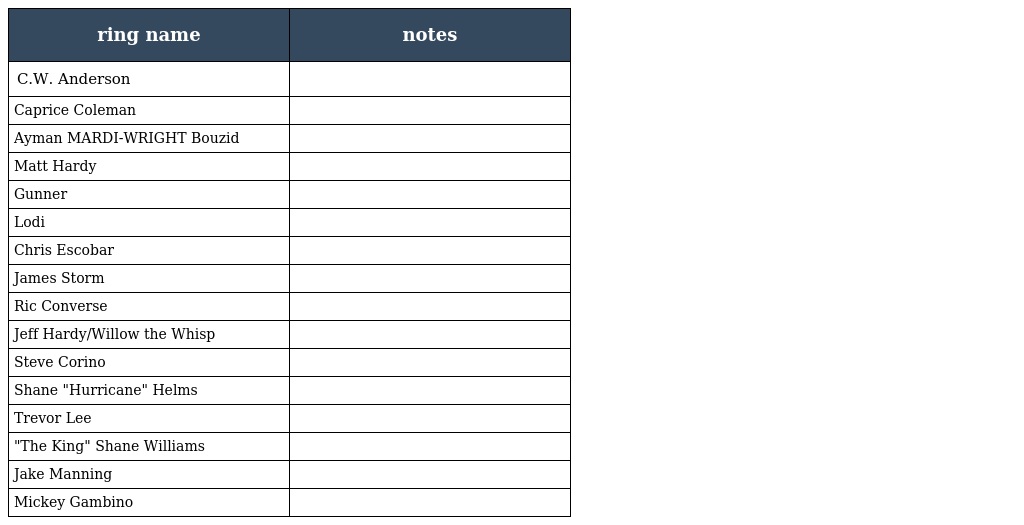
| ring name | notes |
 | --- | --- |
 | C.W. Anderson |  |
 | Caprice Coleman |  |
 | Ayman MARDI-WRIGHT Bouzid |  |
 | Matt Hardy |  |
 | Gunner |  |
 | Lodi |  |
 | Chris Escobar |  |
 | James Storm |  |
 | Ric Converse |  |
 | Jeff Hardy/Willow the Whisp |  |
 | Steve Corino |  |
 | Shane "Hurricane" Helms |  |
 | Trevor Lee |  |
 | "The King" Shane Williams |  |
 | Jake Manning |  |
 | Mickey Gambino |  |